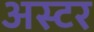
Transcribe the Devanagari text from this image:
अस्टर